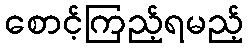
စောင့်ကြည့်ရမည့်